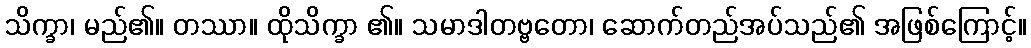
သိက္ခာ၊ မည်၏။ တဿာ။ ထိုသိက္ခာ ၏။ သမာဒါတဗ္ဗတော၊ ဆောက်တည်အပ်သည်၏ အဖြစ်ကြောင့်။